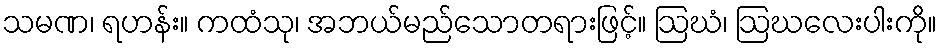
သမဏ၊ ရဟန်း။ ကထံသု၊ အဘယ်မည်သောတရားဖြင့်။ ဩဃံ၊ ဩဃလေးပါးကို။